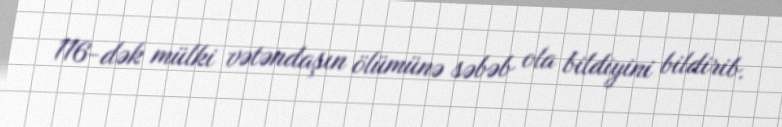
116-dək mülki vətəndaşın ölümünə səbəb ola bildiyini bildirib.